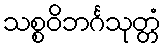
သစ္စဝိဘင်္ဂသုတ္တံ